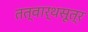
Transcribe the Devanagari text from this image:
तत्वार्थसूत्र